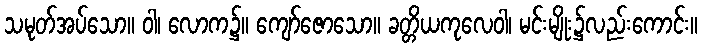
သမုတ်အပ်သော။ ဝါ၊ လောက၌။ ကျော်ဇောသော။ ခတ္တိယကုလေဝါ၊ မင်းမျိုး၌လည်းကောင်း။